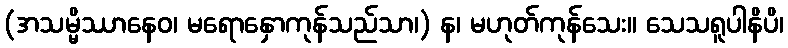
(အသမ္မိဿာနေဝ၊ မရောနှောကုန်သည်သာ၊) န၊ မဟုတ်ကုန်သေး။ သေသရူပါနိပိ၊